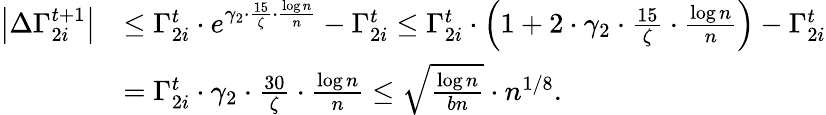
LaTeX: \begin{array}{rl}{\left|\Delta\Gamma_{2i}^{t+1}\right|}&{\leq\Gamma_{2i}^{t}\cdot e^{\gamma_{2}\cdot\frac{15}{\zeta}\cdot\frac{\log n}{n}}-\Gamma_{2i}^{t}\leq\Gamma_{2i}^{t}\cdot\left(1+2\cdot\gamma_{2}\cdot\frac{15}{\zeta}\cdot\frac{\log n}{n}\right)-\Gamma_{2i}^{t}}\\ &{=\Gamma_{2i}^{t}\cdot\gamma_{2}\cdot\frac{30}{\zeta}\cdot\frac{\log n}{n}\leq\sqrt{\frac{\log n}{bn}}\cdot n^{1/8}.}\end{array}